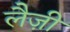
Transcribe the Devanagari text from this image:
लैज़ी